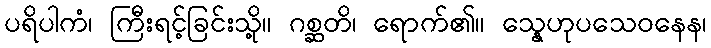
ပရိပါကံ၊ ကြီးရင့်ခြင်းသို့။ ဂစ္ဆတိ၊ ရောက်၏။ သ္နေဟုပသေဝနေန၊